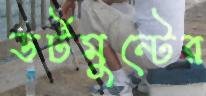
ডর্টমুন্টের